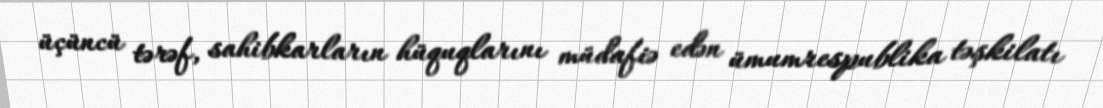
üçüncü tərəf, sahibkarların hüquqlarını müdafiə edən ümumrespublika təşkilatı